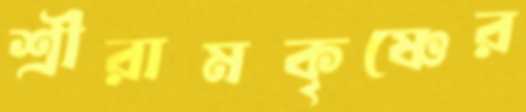
শ্রীরামকৃষ্ণের